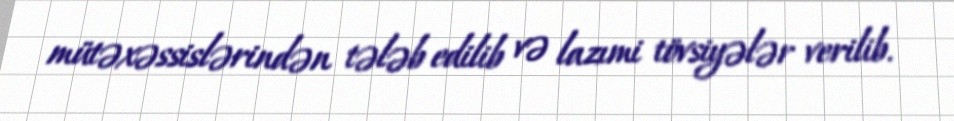
mütəxəssislərindən tələb edilib və lazımi tövsiyələr verilib.